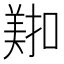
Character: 𫅖